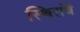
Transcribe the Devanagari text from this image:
स्थिरांचे